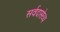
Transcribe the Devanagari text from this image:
सर्वदासेव्य